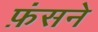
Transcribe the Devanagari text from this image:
फ़ंसने